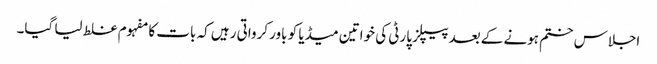
اجلاس ختم ہونے کے بعد پیپلز پارٹی کی خواتین میڈیا کو باور کرواتی رہیں کہ بات کا مفہوم غلط لیا گیا۔